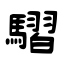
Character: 騽